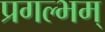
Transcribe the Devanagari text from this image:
प्रगल्भम्